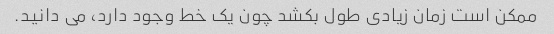
ممکن است زمان زیادی طول بکشد چون یک خط وجود دارد، می دانید.